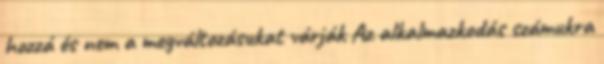
hozzá és nem a megváltozásukat várják Az alkalmazkodás számukra